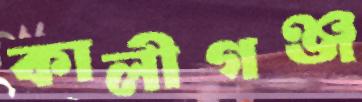
কালীগঞ্জ